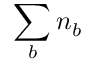
\sum _ { b } n _ { b }